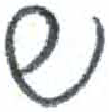
אות: ש